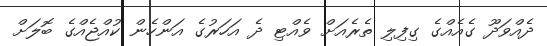
ދެއްވަދޫ ގެއެއްގެ ގިފިލި ތެރެއަށް ވެއްޓި ދެ އަހަރުގެ އަންހެން ކުއްޖެއްގެ ބޮލަށް